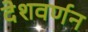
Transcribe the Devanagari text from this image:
देशवर्णन